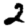
Digit: 2